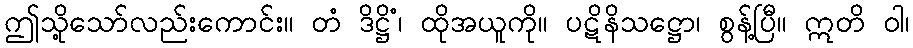
ဤသို့သော်လည်းကောင်း။ တံ ဒိဋ္ဌိံ၊ ထိုအယူကို။ ပဋိနိသဋ္ဌော၊ စွန့်ပြီ။ ဣတိ ဝါ၊